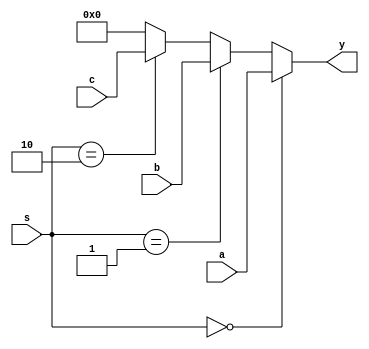
// This program was cloned from: https://github.com/theuppercaseguy/FYP--Risc-V-32-bit-Matrix-Mac
// License: GNU General Public License v3.0

`timescale 1ns / 1ps
//////////////////////////////////////////////////////////////////////////////////
// Company: 
// Engineer: 
// 
// Design Name: 
// Module Name: Mux_3_by_1
// Project Name: 
// Target Devices: 
// Tool Versions: 
// Description: 
// 
// Dependencies: 
// 
// Revision:
// Revision 0.01 - File Created
// Additional Comments:
// 
//////////////////////////////////////////////////////////////////////////////////


module Mux_3_by_1(
    input [31:0] a,b,c,
    input [1:0] s,
    output [31:0] y
    );
    
    assign y = ( s == 2'b00 ) ? a : 
               ( s == 2'b01 ) ? b : 
               ( s == 2'b10 ) ? c : 32'h00000000;
    
    
    
endmodule